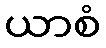
ယာစံ